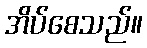
အိပ်စေသည်။